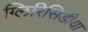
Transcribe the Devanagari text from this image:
ग्लिरिसिडीया